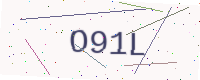
Text: O91L